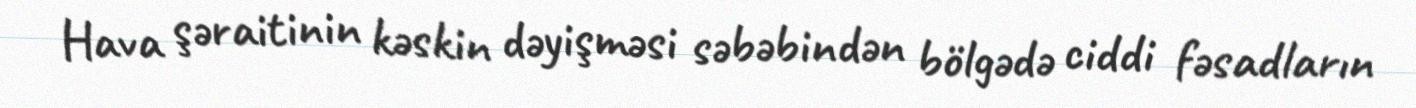
Hava şəraitinin kəskin dəyişməsi səbəbindən bölgədə ciddi fəsadların